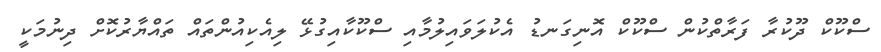
ސްކޫކް ދޫކުރާ ފަރާތްކުން ސްކޫކް އޮނިގަނޑު އެކުލަވައިލުމާއި ސްކޫކާއިގުޅޭ ލިއެކިއުންތައް ތައްޔާރުކޮށް ދިނުމަކީ